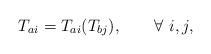
LaTeX: \begin{align*}T_{ai} = T_{ai}(T_{bj}),\qquad\forall\ i , j,\end{align*}